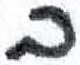
אות: ב